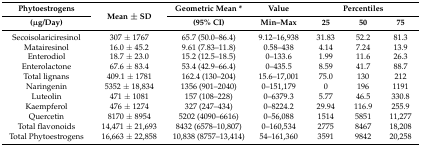
<table><thead><tr><td><b>Phytoestrogens</b></td><td rowspan="2"><b>Mean ± SD</b></td><td><b>Geometric Mean *</b></td><td><b>Value</b></td><td colspan="3"><b>Percentiles</b></td></tr><tr><td><b>(μg/Day)</b></td><td><b>(95% CI)</b></td><td><b>Min–Max</b></td><td><b>25</b></td><td><b>50</b></td><td><b>75</b></td></tr></thead><tbody><tr><td>Secoisolariciresinol</td><td>307 ± 1767</td><td>65.7 (50.0–86.4)</td><td>9.12–16,938</td><td>31.83</td><td>52.2</td><td>81.3</td></tr><tr><td>Matairesinol</td><td>16.0 ± 45.2</td><td>9.61 (7.83–11.8)</td><td>0.58–438</td><td>4.14</td><td>7.24</td><td>13.9</td></tr><tr><td>Enterodiol</td><td>18.7 ± 23.0</td><td>15.2 (12.5–18.5)</td><td>0–133.6</td><td>1.99</td><td>11.6</td><td>26.3</td></tr><tr><td>Enterolactone</td><td>67.6 ± 83.4</td><td>53.4 (42.9–66.4)</td><td>0–435.5</td><td>8.59</td><td>41.7</td><td>88.7</td></tr><tr><td>Total lignans</td><td>409.1 ± 1781</td><td>162.4 (130–204)</td><td>15.6–17,001</td><td>75.0</td><td>130</td><td>212</td></tr><tr><td>Naringenin</td><td>5352 ± 18,834</td><td>1356 (901–2040)</td><td>0–151,179</td><td>0</td><td>196</td><td>1191</td></tr><tr><td>Luteolin</td><td>471 ± 1081</td><td>157 (108–228)</td><td>0–6379.3</td><td>5.77</td><td>46.5</td><td>330.8</td></tr><tr><td>Kaempferol</td><td>476 ± 1274</td><td>327 (247–434)</td><td>0–8224.2</td><td>29.94</td><td>116.9</td><td>255.9</td></tr><tr><td>Quercetin</td><td>8170 ± 8954</td><td>5202 (4090–6616)</td><td>0–56,088</td><td>1514</td><td>5851</td><td>11,277</td></tr><tr><td>Total flavonoids</td><td>14,471 ± 21,693</td><td>8432 (6578–10,807)</td><td>0–160,534</td><td>2775</td><td>8467</td><td>18,208</td></tr><tr><td>Total Phytoestrogens</td><td>16,663 ± 22,858</td><td>10,838 (8757–13,414)</td><td>54–161,360</td><td>3591</td><td>9842</td><td>20,258</td></tr></tbody></table>